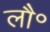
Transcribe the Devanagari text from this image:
लौ॰